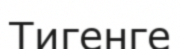
Тигенге